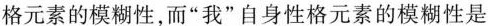
格元素的模糊性，而“我”自身性格元素的模糊性是